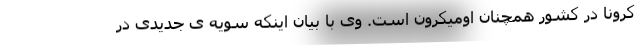
کرونا در کشور همچنان اومیکرون است. وی با بیان اینکه سویه ی جدیدی در